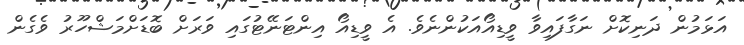
އަޅަމުން ދަނިކޮށް ނަގާފައިވާ ވީޑިއޯއަކުންނެވެ. އެ ވީޑިއޯ އިންޓަނޭޓުގައި ވަރަށް ބޮޑަށްމަޝްހޫރު ވެގެން